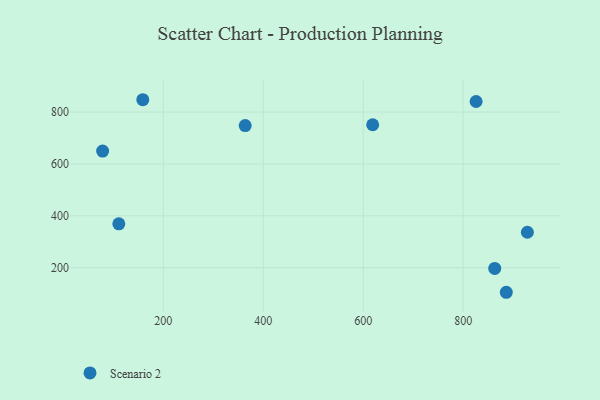
{"axis": {"x": "Experience", "y": "Fuel Efficiency"}, "legend": ["Scenario 2"], "data": [{"x": "363.8", "y": 748.0, "type": "Scenario 2"}, {"x": "618.9", "y": 751.1, "type": "Scenario 2"}, {"x": "886.3", "y": 104.9, "type": "Scenario 2"}, {"x": "863.2", "y": 196.8, "type": "Scenario 2"}, {"x": "158.9", "y": 847.6, "type": "Scenario 2"}, {"x": "78.5", "y": 649.5, "type": "Scenario 2"}, {"x": "110.9", "y": 368.8, "type": "Scenario 2"}, {"x": "825.9", "y": 840.7, "type": "Scenario 2"}, {"x": "928.5", "y": 336.4, "type": "Scenario 2"}]}